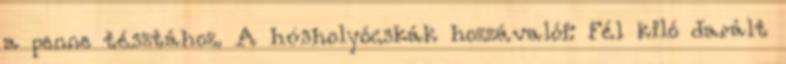
a penne tésztához. A húsholyócskák hozzávalói: Fél kiló darált